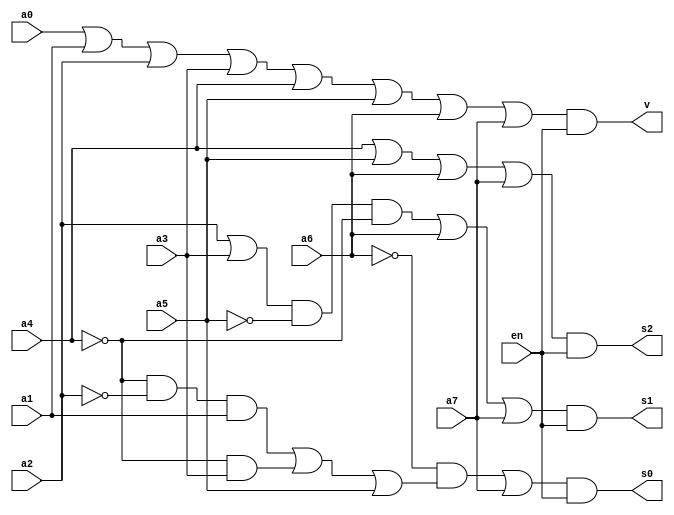
`timescale 1ns / 1ps
//////////////////////////////////////////////////////////////////////////////////
// Company: 
// Engineer: 
// 
// Design Name: 
// Module Name:    encoder 
// Project Name: 
// Target Devices: 
// Tool versions: 
// Description: 
//
// Dependencies: 
//
// Revision: 
// Revision 0.01 - File Created
// Additional Comments: 
//
//////////////////////////////////////////////////////////////////////////////////
module encoder(a0,a1,a2,a3,a4,a5,a6,a7,s0,s1,s2,v,en);
input a0,a1,a2,a3,a4,a5,a6,a7,en;
output s0,s1,s2,v;
wire b1,b2,b3;
wire d2,d1,d0;
wire c1,c2,c3,c4;
//or (b1,a6,s7);
or (d2,a4,a5,a6,a7);
or (b2,a2,a3);
and (b3,b2,~a5,~a4);
or (d1,b3,a6,a7);
and (c1,~a4,~a2,a1);
and (c2,~a4,a3);
or (c3,c1,c2,a5);
and (c4,~a6,c3);
or (d0,c4,a7);
and (s0,d0,en);
and (s1,d1,en);
and (s2,d2,en);
or (b1,a0,a1,a2,a3,a4,a5,a6,a7);
and (v,b1,en);
endmodule